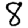
Digit: 8